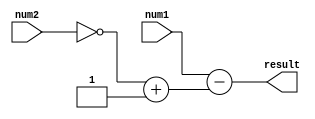
module add_sub(
    input [7:0] num1,
    input [7:0] num2,
    output [8:0] result
    );
    wire [7:0] num2_a2;
    
  assign num2_a2 = ~num2 + 1;
  assign result = num1 - num2_a2;
endmodule